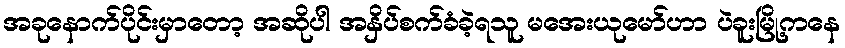
အခုနောက်ပိုင်းမှာတော့ အဆိုပါ အနှိပ်စက်ခံခဲ့ရသူ မအေးယုမော်ဟာ ပဲခူးမြို့ကနေ